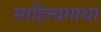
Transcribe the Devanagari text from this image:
साहित्यगाथा